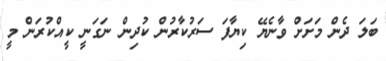
ބަލަ ދެން މަށަށް ވާނެޔޭ ކިޔާފަ ސަރުކާރުން ކުދިން ނަގަނީ ކީއްކުރަން މީ